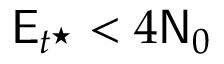
\mathsf { E } _ { t ^ { \star } } < 4 \mathsf { N } _ { 0 }